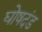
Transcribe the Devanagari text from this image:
घोषदंड